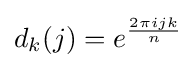
d_{k}(j)=e^{2\pi ijk \over n}